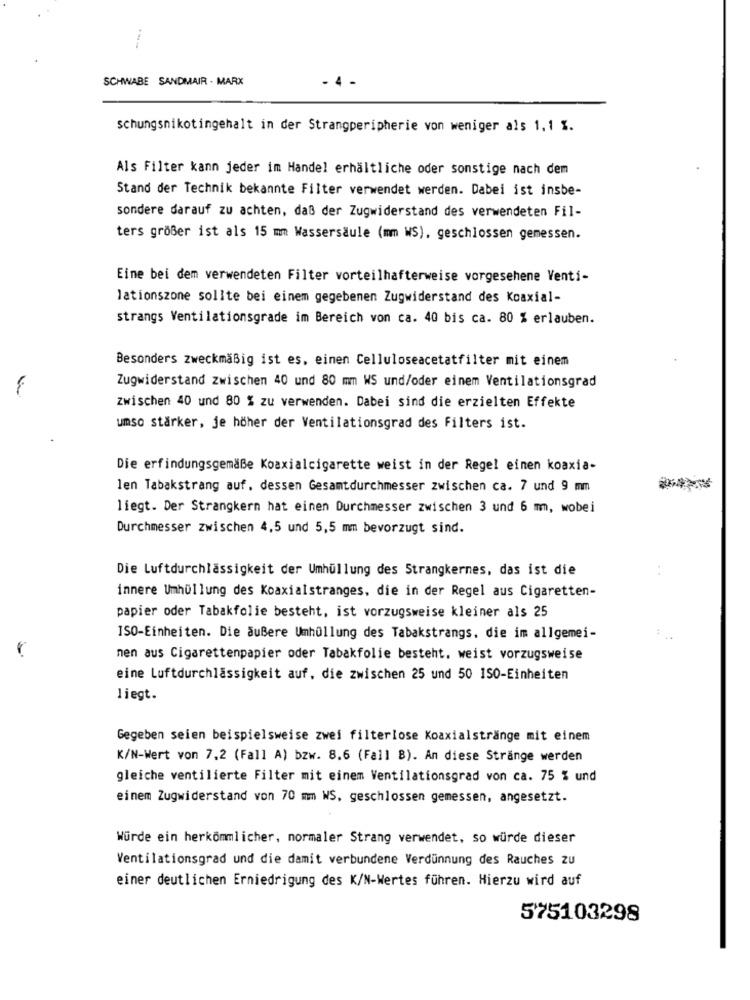
SCHWABE SANDMAIR . MARX
- 4
schungsnikotingehalt in der Strangperipherie von weniger als 1,1 1.
Als Filter kann jeder im Handel erhältliche oder sonstige nach dem
Stand der Technik bekannte Filter verwendet werden. Dabei ist insbe-
sondere darauf zu achten, daß der Zugwiderstand des verwendeten Fil-
ters größer ist als 15 mm Wassersäule (mm WS), geschlossen gemessen.
Eine bei dem verwendeten Filter vorteilhafterweise vorgesehene Venti-
lationszone sollte bei einem gegebenen Zugwiderstand des Koaxial-
strangs Ventilationsgrade im Bereich von ca. 40 bis ca. 80 % erlauben.
Besonders zweckmäßig ist es, einen Celluloseacetatfilter mit einem
Zugwiderstand zwischen 40 und 80 mm WS und/oder einem Ventilationsgrad
zwischen 40 und 80 % zu verwenden. Dabei sind die erzielten Effekte
umso stärker, je höher der Ventilationsgrad des Filters ist.
Die erfindungsgemäße Koaxialcigarette weist in der Regel einen koaxia-
len Tabakstrang auf, dessen Gesamtdurchmesser zwischen ca. 7 und 9 mm
liegt. Der Strangkern hat einen Durchmesser zwischen 3 und 6 mm, wobei
Durchmesser zwischen 4,5 und 5,5 mm bevorzugt sind.
Die Luftdurchlässigkeit der Umhüllung des Strangkernes, das ist die
innere Umhüllung des Koaxialstranges, die in der Regel aus Cigaretten-
papier oder Tabakfolie besteht, ist vorzugsweise kleiner als 25
ISO-Einheiten. Die äußere Umhüllung des Tabakstrangs, die im allgemei-
nen aus Cigarettenpapier oder Tabakfolie besteht, weist vorzugsweise
eine Luftdurchlässigkeit auf, die zwischen 25 und 50 ISO-Einheiten
liegt.
Gegeben seien beispielsweise zwei filterlose Koaxialstränge mit einem
K/N-Wert von 7,2 (Fall A) bzw. 8.6 (Fall B). An diese Stränge werden
gleiche ventilierte Filter mit einem Ventilationsgrad von ca. 75 % und
einem Zugwiderstand von 70 mm WS, geschlossen gemessen, angesetzt.
Würde ein herkömmlicher, normaler Strang verwendet, so würde dieser
Ventilationsgrad und die damit verbundene Verdünnung des Rauches zu
einer deutlichen Erniedrigung des K/N-Wertes führen. Hierzu wird auf
575103298